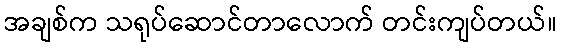
အချစ်က သရုပ်ဆောင်တာလောက် တင်းကျပ်တယ်။